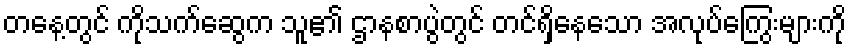
တနေ့တွင် ကိုသက်ဆွေက သူ၏ ဌာနစာပွဲတွင် တင်ရှိနေသော အလုပ်ကြွေးများကို